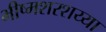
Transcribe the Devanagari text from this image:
भीष्मशरशय्या